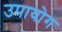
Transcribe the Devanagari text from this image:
उपायोग